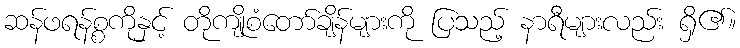
ဆန်ဖရန်စ္စကိုနှင့် တိုကျိုစံတော်ချိန်များကို ပြသည့် နာရီများလည်း ရှိ၏။